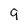
Character: 9